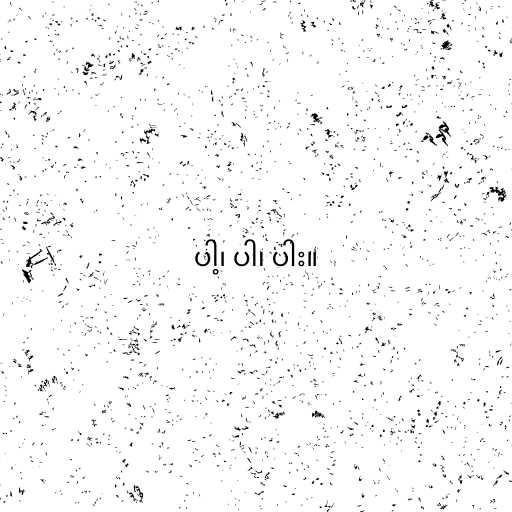
ပါ့၊ ပါ၊ ပါး။